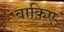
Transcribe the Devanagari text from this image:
वाक़िए